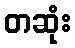
တဆုံး